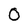
Character: 0